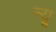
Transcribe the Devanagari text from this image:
न्यू़